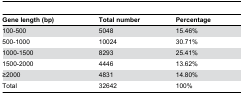
<table><thead><tr><td><b>Gene length (bp)</b></td><td><b>Total number</b></td><td><b>Percentage</b></td></tr></thead><tbody><tr><td>100-500</td><td>5048</td><td>15.46%</td></tr><tr><td>500-1000</td><td>10024</td><td>30.71%</td></tr><tr><td>1000-1500</td><td>8293</td><td>25.41%</td></tr><tr><td>1500-2000</td><td>4446</td><td>13.62%</td></tr><tr><td>≥2000</td><td>4831</td><td>14.80%</td></tr><tr><td>Total</td><td>32642</td><td>100%</td></tr></tbody></table>